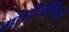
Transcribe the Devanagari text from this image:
गांधीजींविषयी